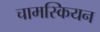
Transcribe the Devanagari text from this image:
चामस्कियन